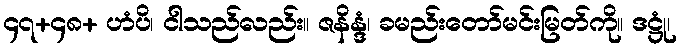
၄၇+၄၈+ ဟံပိ၊ ငါသည်လည်း။ ဇနိန္ဒံ၊ ခမည်းတော်မင်းမြတ်ကို။ ဒဋ္ဌုံ၊